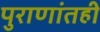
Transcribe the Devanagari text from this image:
पुराणांतही